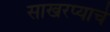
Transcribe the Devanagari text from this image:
साखरप्याचे